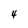
Character: 4